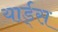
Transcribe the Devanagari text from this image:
यार्ड्‌स